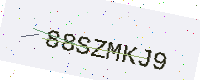
Text: 88SZMKJ9